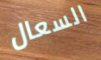
السعال